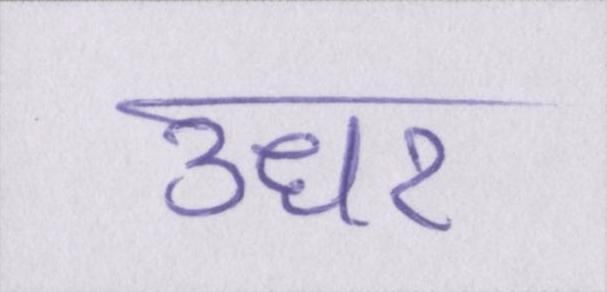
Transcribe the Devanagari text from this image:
उधर